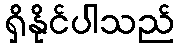
ရှိနိုင်ပါသည်